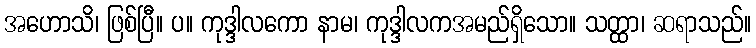
အဟောသိ၊ ဖြစ်ပြီ။ ပ။ ကုဒ္ဒါလကော နာမ၊ ကုဒ္ဒါလကအမည်ရှိသော။ သတ္ထာ၊ ဆရာသည်။